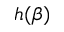
h ( \beta )